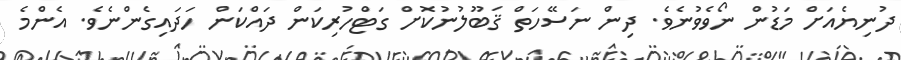
ދުނިޔެއަށް މަޑުން ނޯވެވުނެވެ. ދިން ނަސޭހަތް ޤަބޫލުނުކޮށް ގަޓްހުރިކަން ދައްކަން ހަދައިގެންނެވެ. އެންމެ